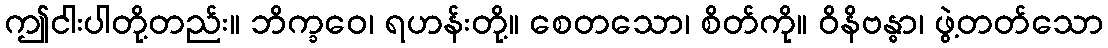
ဤငါးပါတို့တည်း။ ဘိက္ခဝေ၊ ရဟန်းတို့။ စေတသော၊ စိတ်ကို။ ဝိနိဗန္ဓာ၊ ဖွဲ့တတ်သော